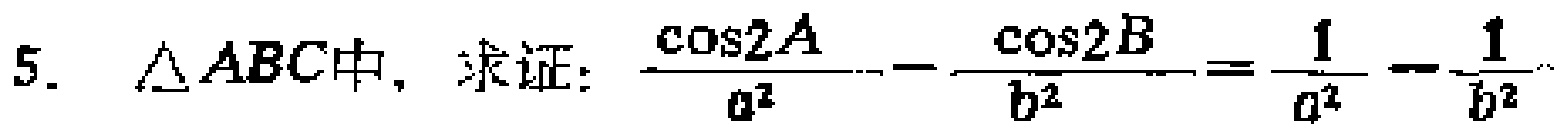
$\triangle ABC中，求证：\frac{\cos2A}{a^{2}} - \frac{\cos2B}{b^{2}}=\frac{1}{a^{2}} - \frac{1}{b^{2}}$